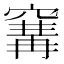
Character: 𥧒